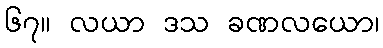
၆၇။ လယာ ဒသ ခဏလယော၊